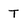
Character: T